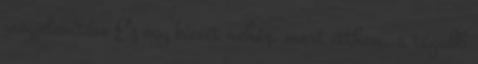
megjelenítése Ez egy kicsit nehéz, mert itthon, a tágabb